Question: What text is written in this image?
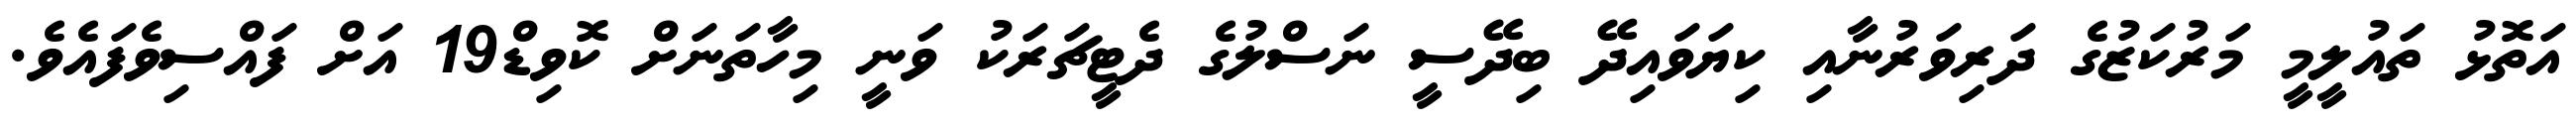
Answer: އަތޮޅު ތައުލީމީ މަރުކަޒުގެ ދަރިވަރުނާއި ކިޔަވައިދޭ ބިދޭސީ ނަސްލުގެ ދެޓީޗަރަކު ވަނީ މިހާތަނަށް ކޮވިޑް19 އަށް ފައްސިވެފައެވެ.